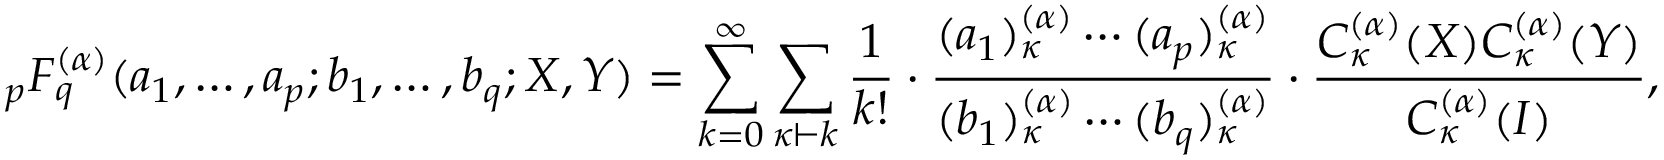
_ { p } F _ { q } ^ { ( \alpha ) } ( a _ { 1 } , \ldots , a _ { p } ; b _ { 1 } , \ldots , b _ { q } ; X , Y ) = \sum _ { k = 0 } ^ { \infty } \sum _ { \kappa \vdash k } { \frac { 1 } { k ! } } \cdot { \frac { ( a _ { 1 } ) _ { \kappa } ^ { ( \alpha ) } \cdots ( a _ { p } ) _ { \kappa } ^ { ( \alpha ) } } { ( b _ { 1 } ) _ { \kappa } ^ { ( \alpha ) } \cdots ( b _ { q } ) _ { \kappa } ^ { ( \alpha ) } } } \cdot { \frac { C _ { \kappa } ^ { ( \alpha ) } ( X ) C _ { \kappa } ^ { ( \alpha ) } ( Y ) } { C _ { \kappa } ^ { ( \alpha ) } ( I ) } } ,